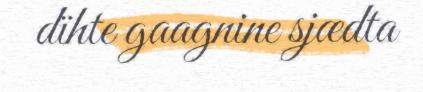
dïhte gaagnine sjædta